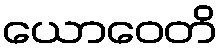
ယောဝေတိ